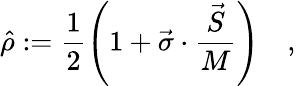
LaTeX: \hat{\rho}:=\frac{1}{2}\left(1+\vec{\sigma}\cdot\frac{\vec{S}}{M}\right)\quad,